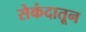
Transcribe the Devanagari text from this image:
सेकंदातून